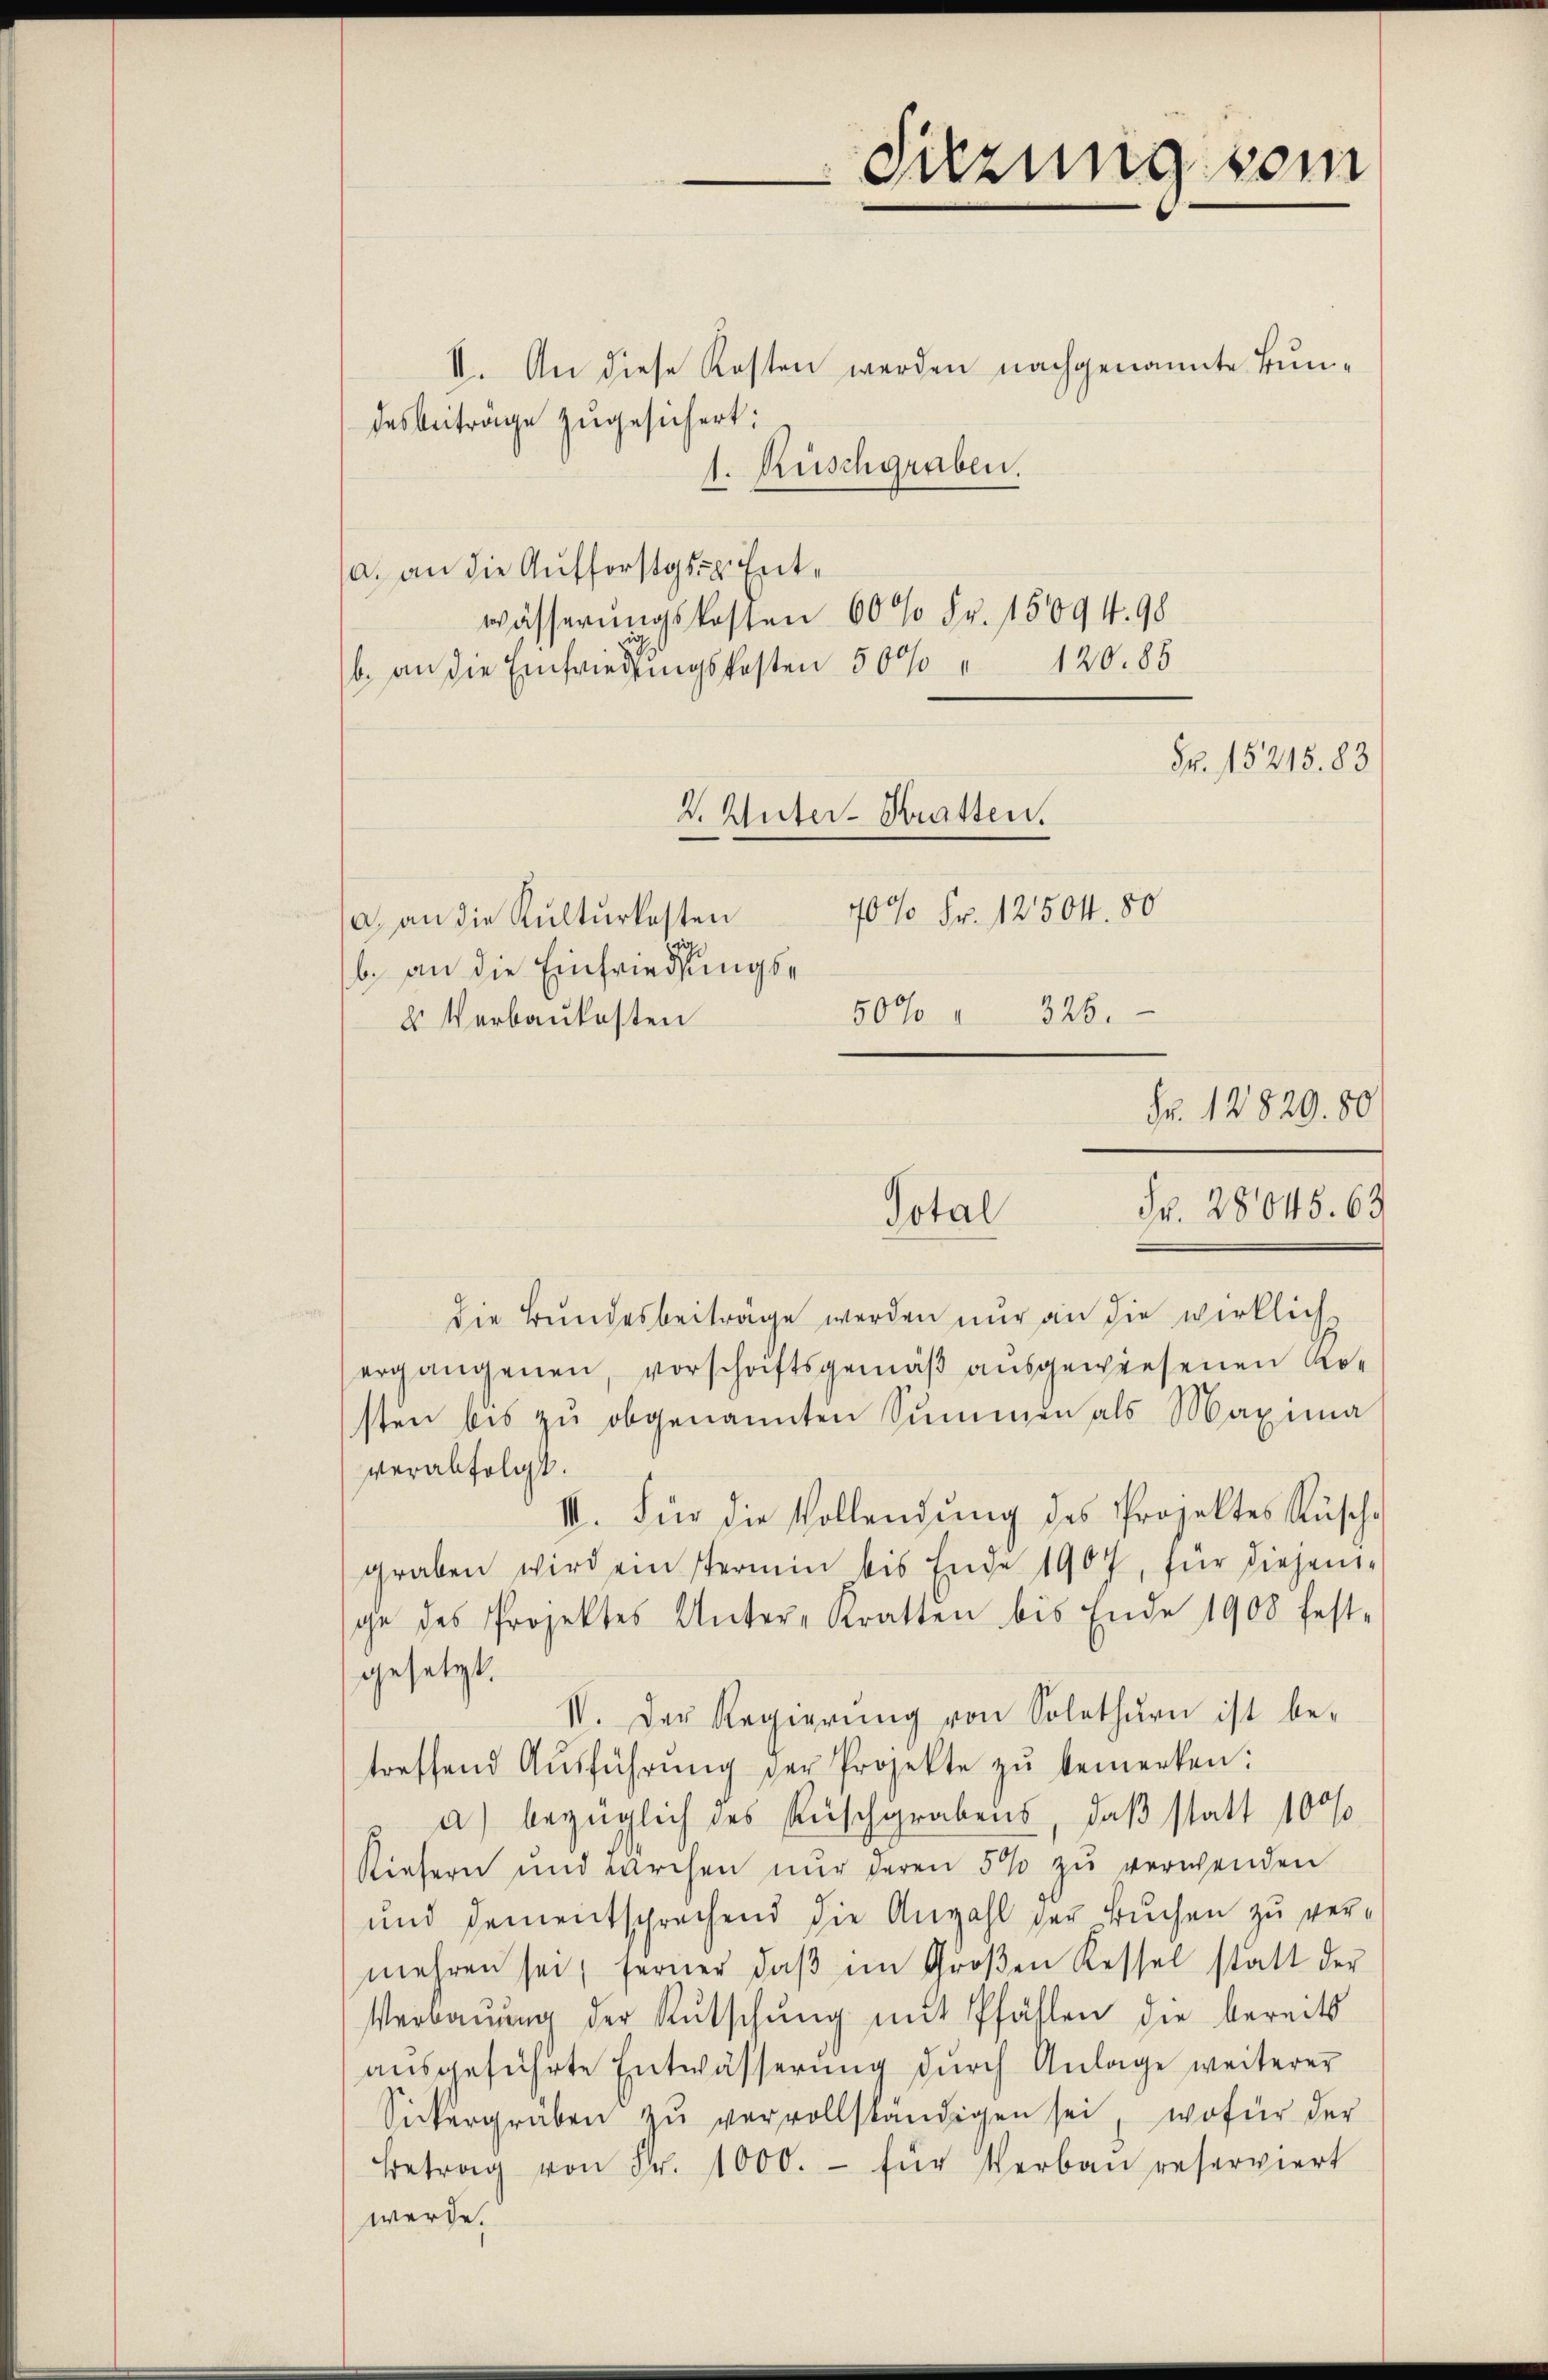
II. An diese Kosten werden nachgenannte Bundesbeiträge zugesichert:
1. Ruschgraben.
(a. an die Aufforstger Entwässerungskosten 60 % Fr. 15094. 98
b. an die Einfriedungskosten 500 " 120. 85
Fr. 15215. 83
2. Unter-Kratten.
70% Fr. 12504. 80
a) an die Kulturkosten
e
b. an die Einfriedungs¬
326.
50%
u Verbaukosten
Fr. 12829. 80

Sitzung vom

Total

die Bundesbeiträge werden nur an die wirklich
ergangenen, vorschriftsgemäß ausgewiesenen Nosten bis zŭ obgenannten Summen als Maxima
verabfolgt.
III. Für die Vollendŭng des Projektes Rüschgraben wird einstermin bis Ende 1907, für diejeni-
ge des Projektes Unter-Kratten bis Ende 1908 fest-
gesetzt.
IV. Der Regierŭng von Solothurn ist be-
treffend Aŭsführŭng der Projekte zŭ bemerken:
 a) bezüglich des Rüschgrabens, daß statt 100%
Kiefern und wechen nŭr deren 5% zŭ verwenden
und dementsprechend die Anzahl der Buchen zu vermehren sei, ferner daβ im Groβen Kessel statt der
Verbaŭŭng der Rutschŭng mit Pfählen die bereits
aŭsgeführte Entwässerŭng dŭrch Anlage weiterer
Sickergruben zŭ vervollständigen sei, wofür der
Betrag von Fr. 1000.- für Verbau reserviert
werde.

Fr. 28045. 63